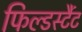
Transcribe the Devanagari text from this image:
फिल्डर्स्टैट